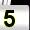
Digit: 5